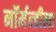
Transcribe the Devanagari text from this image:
नॉर्मन्डीला